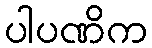
ပါပဏိက